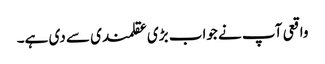
واقعی آپ نے جواب بڑی عقلمندی سے دی ہے۔